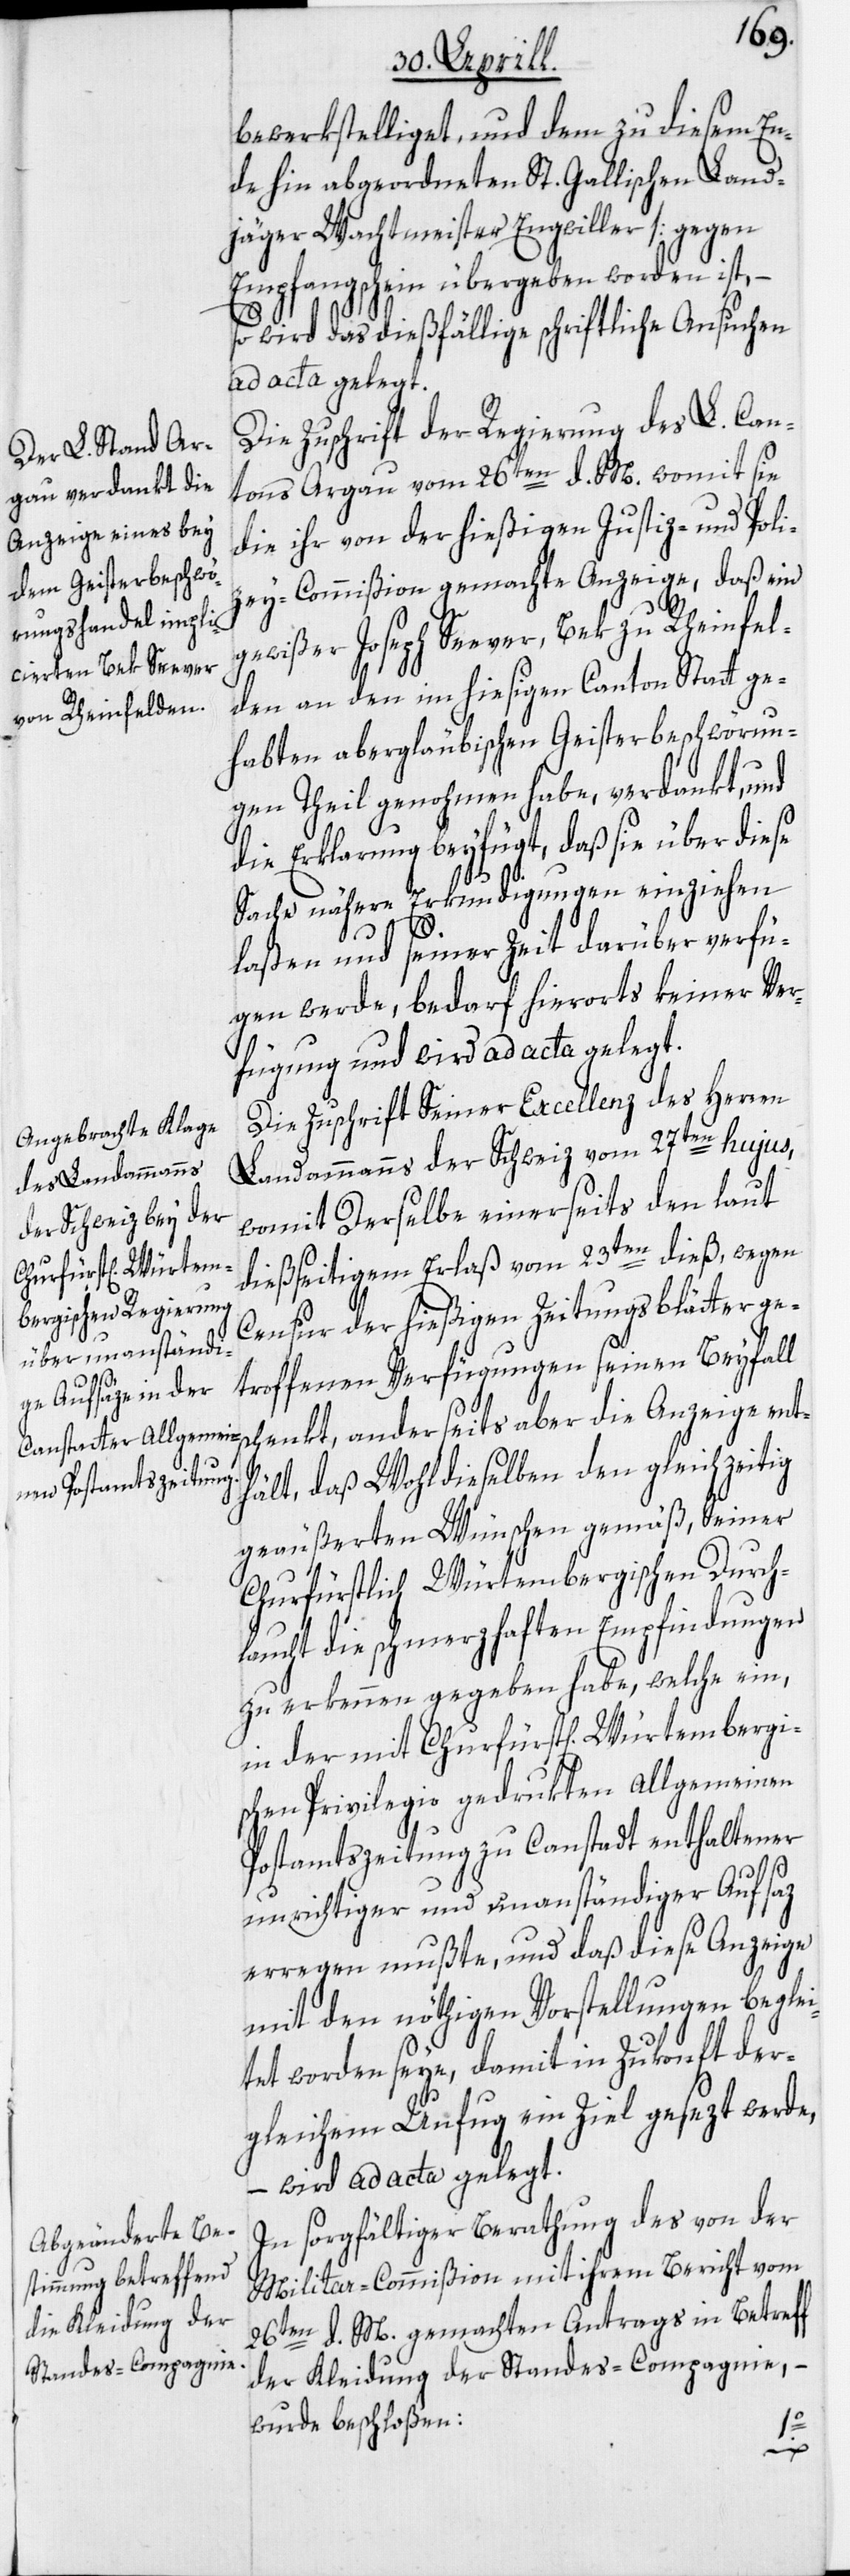
bewerkstelliget, und dem zu diesem En¬
de hin abgeordneten St. Gallischen Land¬
jäger Wachtmeister Engwiller [gegen
Empfangsschein[]] übergeben worden ist,
so wird das dießfällige schriftliche Ansuchen
ad acta gelegt.
Die Zuschrift der Regierung des L. Can¬
tons Argau vom 26ten d. M. womit sie
die ihr von der hießigen Justiz- und Poli¬
zey-Commißion gemachte Anzeige, daß ein
gewißer Joseph Seever, Bek zu Rheinfel¬
den an den im hiesigen Canton Statt ge¬
habten abergläubischen Geisterbeschwörun¬
gen Theil genohmen habe, verdankt, und
die Erklärung beyfügt, daß sie über diese
Sache nähere Erkundigungen einziehen
laßen und seiner Zeit darüber verfü¬
gen werde, bedarf hierorts keiner Ver¬
fügung und wird ad acta gelegt.
Die Zuschrift Seiner Excellenz des Herren
Landammanns der Schweiz vom 27ten hujus,
womit Derselbe einerseits den laut
dießseitigem Erlaß vom 23ten dieß, wegen
Censur der hießigen Zeitungsbätter ge¬
troffenen Verfügungen seinen Beyfall
thält, daß Wohldieselben den gleichzeitig
geäußerten Wünschen gemäß, Seiner
Churfürstlich Würtembergischen Durch¬
laucht die schmerzhaften Empfindungen
zu erkennen gegeben habe, welche ein,
in der mit Churfürst[lich] Würtembergi¬
schen Privilegio gedrukten Allgemeinen
Postamtszeitung zu Canstadt enthaltener
unrichtiger und unanständiger Aufsaz
erregen mußte, und daß diese Anzeige
mit den nöthigen Vorstellungen beglei¬
tet worden seye, damit in Zukonft der¬
gleichem Unfug ein Ziel gesezt werde,
– wird ad acta gelegt.
In sorgfältiger Berathung des von der
Militar-Commißion mit ihrem Bericht vom
26ten d. M. gemachten Antrags in Betreff
der Kleidung der Standes-Compagnie,
wurde beschloßen:
en¬